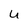
Character: U